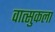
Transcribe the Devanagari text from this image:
वात्सुकला